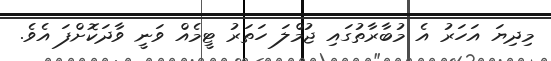
މިދިޔަ އަހަރު އެ މުބާރާތުގައި ޖުމްލަ ހަތަރު ޓީމެއް ވަނީ ވާދަކޮށްފަ އެވެ.